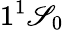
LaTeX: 1^{1}\mathscr{S}_{0}